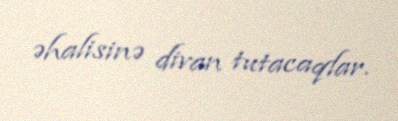
əhalisinə divan tutacaqlar.